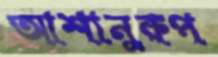
আশানুরুপ